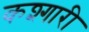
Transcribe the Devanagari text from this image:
कश्गारी